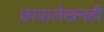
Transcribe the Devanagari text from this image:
छायालेखनही